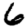
Digit: 6